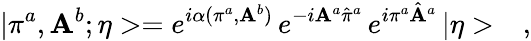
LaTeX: |\pi^{a},\mathbf{A}^{b};\eta>=e^{i\alpha(\pi^{a},\mathbf{A}^{b})}\, e^{-i\mathbf{A}^{a}\hat{{\pi}}^{a}}\, e^{i\pi^{a}\hat{{\mathbf{A}}}^{a}}\, |\eta>\ \ \ ,